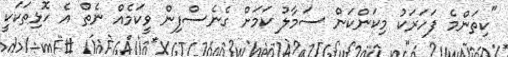
"ކިތަންމެ ފަހަރަކު މިކަންކަން ސަމާލު ކަމަށް ގެނެސްފިން ވީކަމެއް ނެތް އެ ހޮޅިތަކަކީ